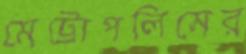
মেট্রোপলিসের